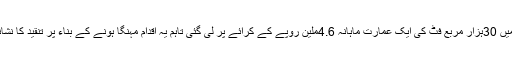
جی سکس میں 30ہزار مربع فٹ کی ایک عمارت ماہانہ 4.6ملین روپے کے کرائے پر لی گئی تاہم یہ اقدام مہنگا ہونے کے بناء پر تنقید کا نشانہ بنایا گیا ۔